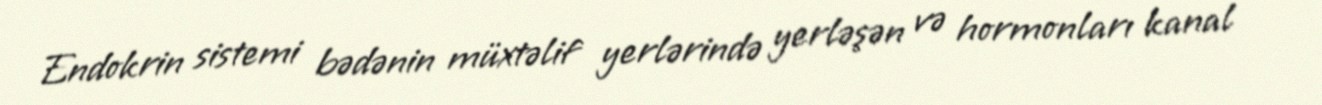
Endokrin sistemi bədənin müxtəlif yerlərində yerləşən və hormonları kanal